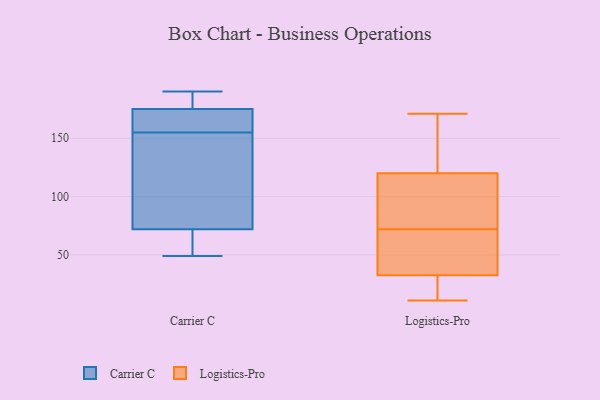
{"axis": {"x": "Customer Acquisition Cost (USD)", "y": "Value"}, "legend": ["Carrier C", "Logistics-Pro"], "data": [{"x": "", "y": 113, "type": "Carrier C"}, {"x": "", "y": 74, "type": "Carrier C"}, {"x": "", "y": 70, "type": "Carrier C"}, {"x": "", "y": 190, "type": "Carrier C"}, {"x": "", "y": 67, "type": "Carrier C"}, {"x": "", "y": 155, "type": "Carrier C"}, {"x": "", "y": 182, "type": "Carrier C"}, {"x": "", "y": 162, "type": "Carrier C"}, {"x": "", "y": 49, "type": "Carrier C"}, {"x": "", "y": 181, "type": "Carrier C"}, {"x": "", "y": 169, "type": "Carrier C"}, {"x": "", "y": 155, "type": "Carrier C"}, {"x": "", "y": 14, "type": "Logistics-Pro"}, {"x": "", "y": 143, "type": "Logistics-Pro"}, {"x": "", "y": 141, "type": "Logistics-Pro"}, {"x": "", "y": 171, "type": "Logistics-Pro"}, {"x": "", "y": 116, "type": "Logistics-Pro"}, {"x": "", "y": 22, "type": "Logistics-Pro"}, {"x": "", "y": 64, "type": "Logistics-Pro"}, {"x": "", "y": 54, "type": "Logistics-Pro"}, {"x": "", "y": 48, "type": "Logistics-Pro"}, {"x": "", "y": 15, "type": "Logistics-Pro"}, {"x": "", "y": 52, "type": "Logistics-Pro"}, {"x": "", "y": 11, "type": "Logistics-Pro"}, {"x": "", "y": 37, "type": "Logistics-Pro"}, {"x": "", "y": 80, "type": "Logistics-Pro"}, {"x": "", "y": 139, "type": "Logistics-Pro"}, {"x": "", "y": 124, "type": "Logistics-Pro"}, {"x": "", "y": 109, "type": "Logistics-Pro"}, {"x": "", "y": 28, "type": "Logistics-Pro"}, {"x": "", "y": 94, "type": "Logistics-Pro"}, {"x": "", "y": 105, "type": "Logistics-Pro"}]}